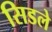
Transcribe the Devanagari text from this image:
सिडले